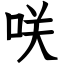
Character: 咲